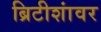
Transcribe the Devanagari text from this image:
ब्रिटीशांवर